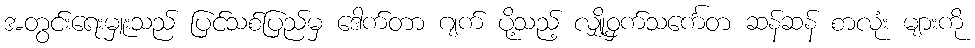
အတွင်းရေးမှူးသည် ပြင်သစ်ပြည်မှ ဒေါက်တာ ဂျက် ပို့သည့် လျှို့ဝှက်သင်္ကေတ ဆန်ဆန် စာလုံး များကို